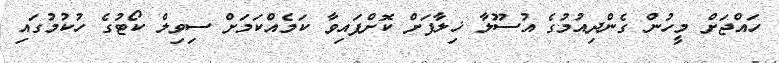
ހައްޖަށް މީހުން ގެންދިއުމުގެ އުސޫލާ ޚިލާފަށް ކޮށްފައިވާ ކަމެއްކަމަށް ސިވިލް ކޯޓުގެ ހުކުމުގައި